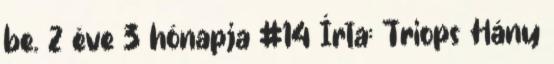
be. 2 éve 3 hónapja #14 Írta: Triops Hány